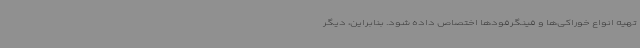
تهیه انواع خوراکی‌ها و فینگرفودها اختصاص داده شود. بنابراین، دیگر